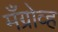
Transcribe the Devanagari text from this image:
मँग्रोव्ह